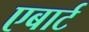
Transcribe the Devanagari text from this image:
एबार्ट